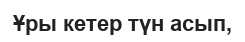
Ұры кетер түн асып,